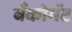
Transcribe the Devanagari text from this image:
बँकोमॅट